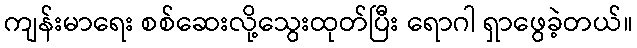
ကျန်းမာရေး စစ်ဆေးလို့သွေးထုတ်ပြီး ရောဂါ ရှာဖွေခဲ့တယ်။